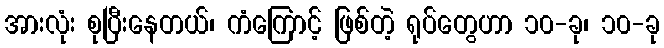
အားလုံး စုပြီးနေတယ်၊ ကံကြောင့် ဖြစ်တဲ့ ရုပ်တွေဟာ ၁၀-ခု၊ ၁၀-ခု